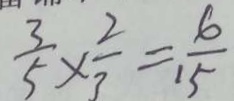
\frac { 3 } { 5 } \times \frac { 2 } { 3 } = \frac { 6 } { 1 5 }